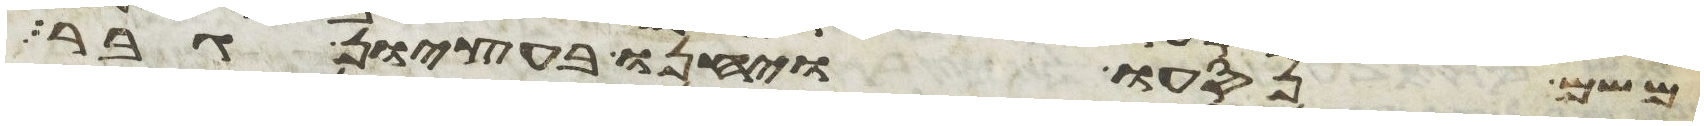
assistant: משם נסעו ויחנו בעציון גבר